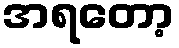
အရတော့